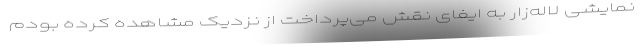
نمایشی لاله‌زار به ایفای نقش می‌پرداخت از نزدیک مشاهده کرده بودم